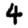
Digit: 4